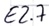
Text: E2.7